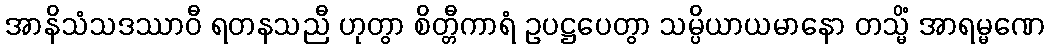
အာနိသံသဒဿာဝီ ရတနသညီ ဟုတွာ စိတ္တီကာရံ ဥပဋ္ဌပေတွာ သမ္ပိယာယမာနော တသ္မိံ အာရမ္မဏေ